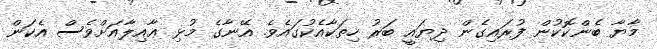
މާޔާ ބެންކޮކުން ފުރައިގެން ދިޔައީ ބަރު ހިތަކާއެކުގައެވެ. އޭނާގެ މުޅި ޢާއިލާއަށްވެސް އެކަން